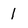
Character: 1